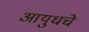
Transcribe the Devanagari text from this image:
आयुधचे